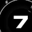
Digit: 7